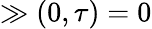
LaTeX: \gg(0,\tau)=0